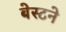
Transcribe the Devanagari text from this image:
बेस्टने